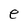
Character: e